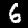
Label: 6